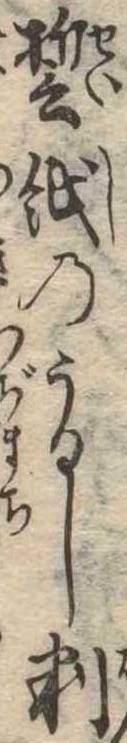
誓紙のうるし判